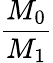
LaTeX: \frac{M_{0}}{M_{1}}